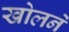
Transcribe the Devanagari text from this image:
खोलनें